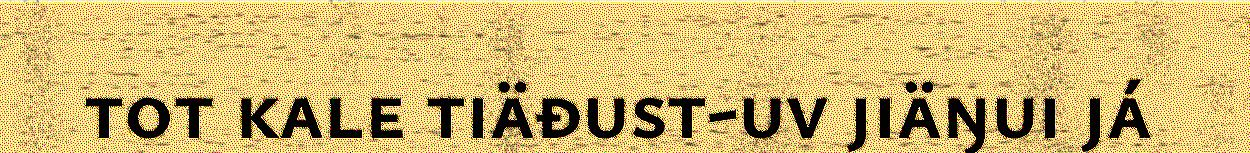
tot kale tiäđust-uv jiäŋui já